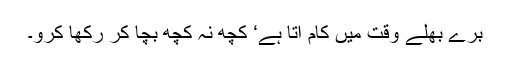
برے بھلے وقت میں کام آتا ہے‘ کچھ نہ کچھ بچا کر رکھا کرو۔